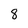
Character: 8